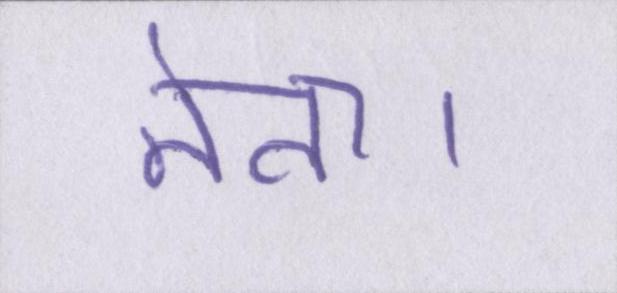
नेता।